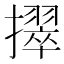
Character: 𫾒